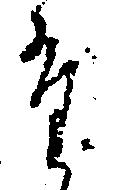
た